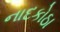
નાદકોઠા